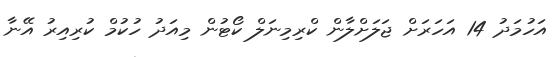
އަހުމަދު 14 އަހަރަށް ޖަލަށްލާން ކްރިމިނަލް ކޯޓުން މިއަދު ހުކުމް ކުރިއިރު އޭނާ